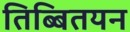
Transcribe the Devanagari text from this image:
तिब्बितयन